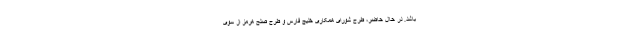
باشد. در حال حاضر، طرح شورای همکاری خلیج فارس و طرح صلح هرمز از سوی